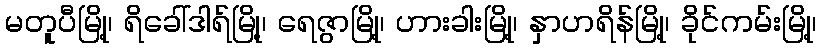
မတူပီမြို့၊ ရိခေါ်ဒါရ်မြို့၊ ရေဇွာမြို့၊ ဟားခါးမြို့၊ နှာဟရိန်မြို့၊ ခိုင်ကမ်းမြို့၊